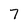
Character: 7